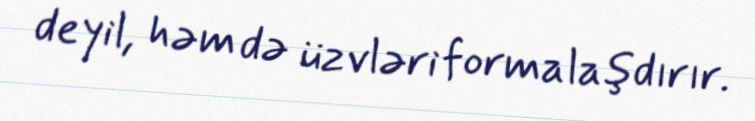
deyil, həm də üzvləri formalaşdırır.